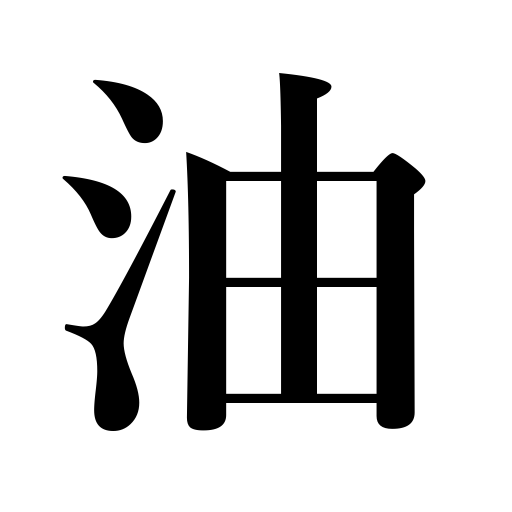
Meanings: oil